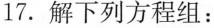
17.解下列方程组：